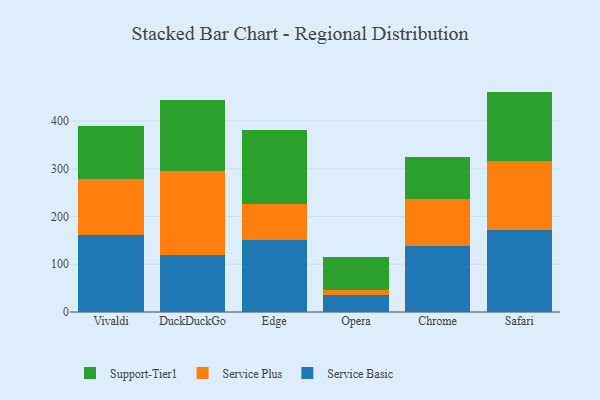
{"axis": {"x": "Browser", "y": "Bounce Rate (%)"}, "legend": ["Service Basic", "Service Plus", "Support-Tier1"], "data": [{"x": "Vivaldi", "y": 161.7, "type": "Service Basic"}, {"x": "Vivaldi", "y": 117.0, "type": "Service Plus"}, {"x": "Vivaldi", "y": 111.6, "type": "Support-Tier1"}, {"x": "DuckDuckGo", "y": 119.2, "type": "Service Basic"}, {"x": "DuckDuckGo", "y": 175.6, "type": "Service Plus"}, {"x": "DuckDuckGo", "y": 148.6, "type": "Support-Tier1"}, {"x": "Edge", "y": 150.1, "type": "Service Basic"}, {"x": "Edge", "y": 76.0, "type": "Service Plus"}, {"x": "Edge", "y": 155.0, "type": "Support-Tier1"}, {"x": "Opera", "y": 36.6, "type": "Service Basic"}, {"x": "Opera", "y": 8.8, "type": "Service Plus"}, {"x": "Opera", "y": 69.9, "type": "Support-Tier1"}, {"x": "Chrome", "y": 138.7, "type": "Service Basic"}, {"x": "Chrome", "y": 97.6, "type": "Service Plus"}, {"x": "Chrome", "y": 88.7, "type": "Support-Tier1"}, {"x": "Safari", "y": 172.2, "type": "Service Basic"}, {"x": "Safari", "y": 145.1, "type": "Service Plus"}, {"x": "Safari", "y": 144.3, "type": "Support-Tier1"}]}